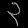
Digit: ၃